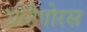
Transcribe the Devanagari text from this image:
प्रोटैगोरस